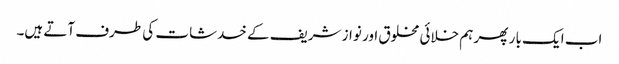
اب ایک با ر پھر ہم خلائی مخلوق اور نواز شریف کے خدشات کی طرف آتے ہیں۔